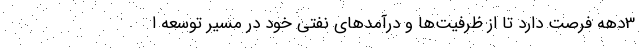
3دهه فرصت دارد تا از ظرفیت‌ها و درآمدهای نفتی خود در مسیر توسعه ا